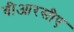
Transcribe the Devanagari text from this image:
बीआरसीए